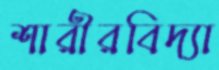
শারীরবিদ্যা